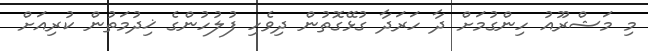
މި މަޝްރޫއު ހިންގުމަށް ދާ ހަރަދާ ގުޅޭގޮތުން ދިވެހި ފުލުހުންގެ ޚިދުމަތުން ކުރިއަށް